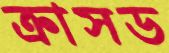
ক্রাসড